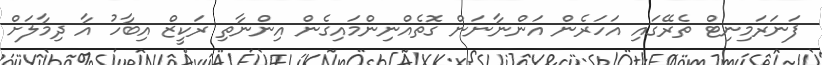
ފަނަރަމިނިޓް ތެރޭގައި އަހަރެން އަންނާނަން ގޮތެއްނިންމައިގެން އިންނާތި ރަކީޒް އިބާހު އާ ދިމާލަށް